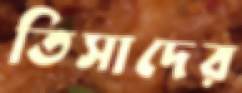
তিসাদের